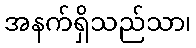
အနက်ရှိသည်သာ၊